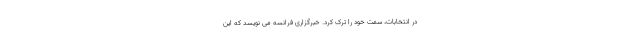
در انتخابات، سمت خود را ترک کرد. خبرگزاری فرانسه می نویسد که این